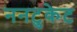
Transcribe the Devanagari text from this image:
ननटुकेट